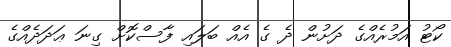
ކޯޓު އަމުރެއްގެ ދަށުން ދެ ގެ އެއް ބަލައި ފާސްކޮށް ގިނަ ޢަދަދެއްގެ